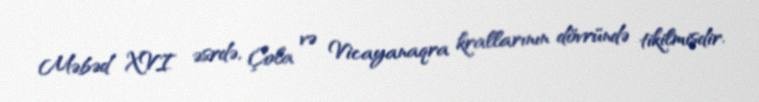
Məbəd XVI əsrdə, Çola və Vicayanaqra krallarının dövründə tikilmişdir.